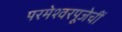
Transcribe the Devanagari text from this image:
परमेश्वरपूजेचीं